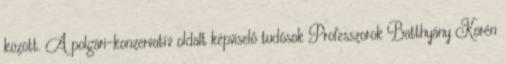
között. A polgári-konzervatív oldalt képviselő tudósok Professzorok Batthyány Körén